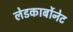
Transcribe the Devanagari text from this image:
लेडकार्बोनेट